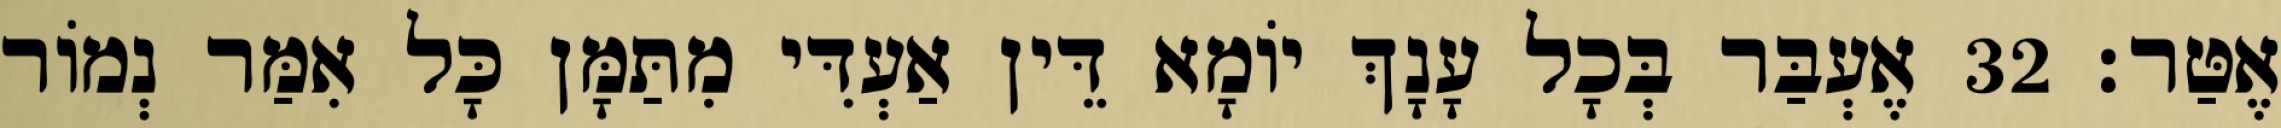
אֶטַּר׃ 32 אֶעְבַּר בְּכָל עָנָךְ יוֹמָא דֵּין אַעְדִּי מִתַּמָּן כָּל אִמַּר נְמוֹר